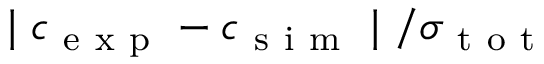
\mid c _ { \mathrm { ~ e ~ x ~ p ~ } } - c _ { \mathrm { ~ s ~ i ~ m ~ } } \mid / \sigma _ { \mathrm { ~ t ~ o ~ t ~ } }